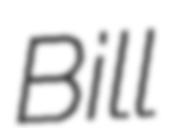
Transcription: Bill